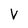
Character: V